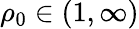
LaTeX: \rho_{0}\in(1,\infty)